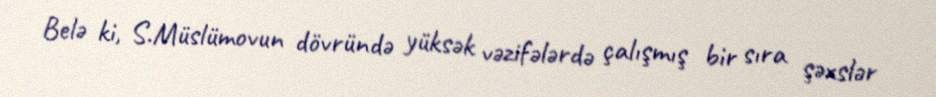
Belə ki, S.Müslümovun dövründə yüksək vəzifələrdə çalışmış bir sıra şəxslər